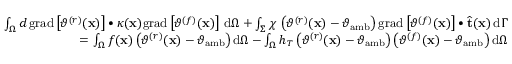
\begin{array} { r } { \int _ { \Omega } d \, \mathrm { g r a d } \left[ \vartheta ^ { ( r ) } ( \mathbf { x } ) \right] \bullet \kappa ( \mathbf { x } ) \mathrm { g r a d } \left[ \vartheta ^ { ( f ) } ( \mathbf { x } ) \right] \, \mathrm { d } \Omega + \int _ { \Sigma } \chi \, \left( \vartheta ^ { ( r ) } ( \mathbf { x } ) - \vartheta _ { \mathrm { a m b } } \right) \mathrm { g r a d } \left[ \vartheta ^ { ( f ) } ( \mathbf { x } ) \right] \bullet \widehat { \mathbf { t } } ( \mathbf { x } ) \, \mathrm { d } \Gamma } \\ { = \int _ { \Omega } f ( \mathbf { x } ) \left( \vartheta ^ { ( r ) } ( \mathbf { x } ) - \vartheta _ { \mathrm { a m b } } \right) \mathrm { d } \Omega - \int _ { \Omega } h _ { T } \left( \vartheta ^ { ( r ) } ( \mathbf { x } ) - \vartheta _ { \mathrm { a m b } } \right) \left( \vartheta ^ { ( f ) } ( \mathbf { x } ) - \vartheta _ { \mathrm { a m b } } \right) \mathrm { d } \Omega } \end{array}